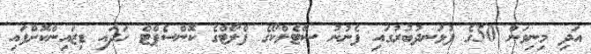
އަދި މިނިވަން 50ގެ ފުޅަނދުބުރުގައި ފެނުނު ސްޓެލްކޯގެ ފްލޯޓްގެ ކޮންސެޕްޓް ހަދައި ޑިޒައިންކޮށްފައި